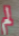
لم